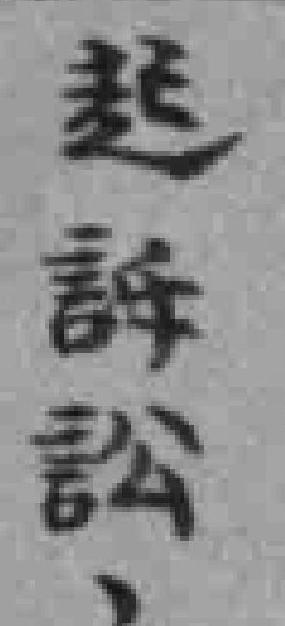
起訴訟，